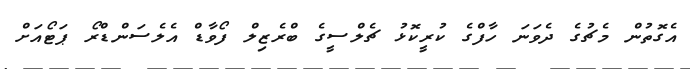
އެގޮތުން މެޗުގެ ދެވަނަ ހާފްގެ ކުރީކޮޅު ޗެލްސީގެ ބްރެޒިލް ފޯވާޑް އެލެސަންޑްރޯ ޕަޓޯއަށް